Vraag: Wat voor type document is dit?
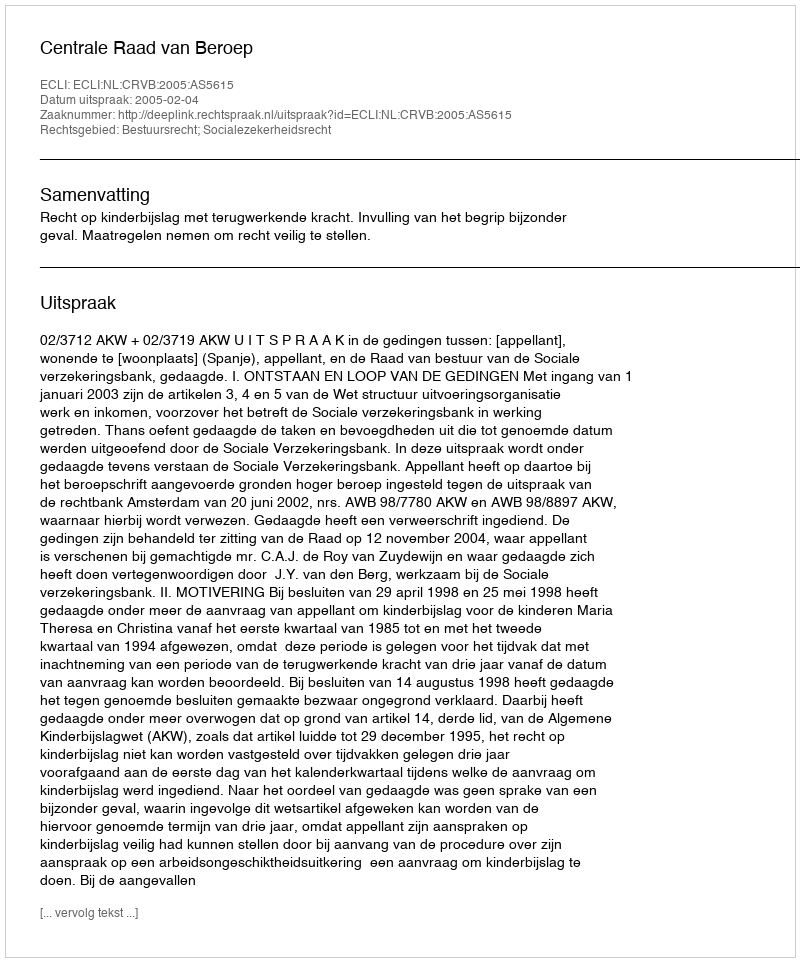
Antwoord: Uitspraak